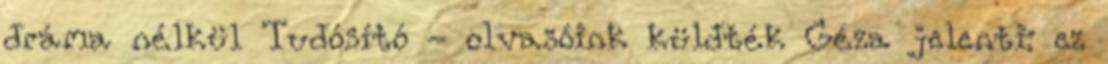
dráma nélkül Tudósító - olvasóink küldték Géza jelenti: ez